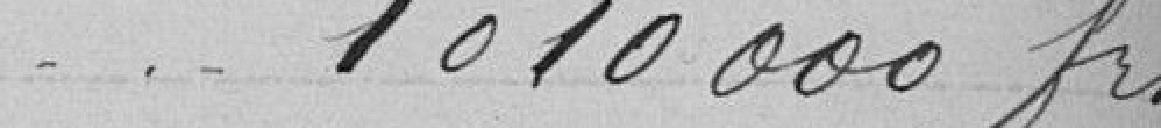
1010 000 francs